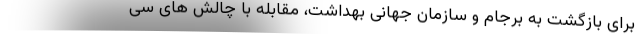
برای بازگشت به برجام و سازمان جهانی بهداشت، مقابله با چالش های سی